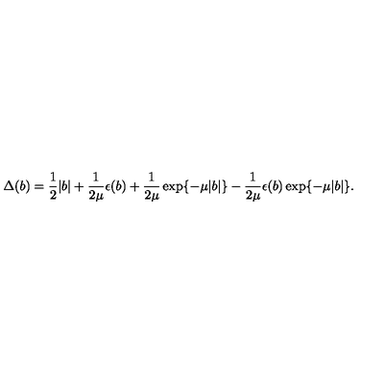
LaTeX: \Delta ( b ) = \frac { 1 } { 2 } \vert b \vert + \frac { 1 } { 2 \mu } \epsilon ( b ) + \frac { 1 } { 2 \mu } \exp \{ - \mu \vert b \vert \} - \frac { 1 } { 2 \mu } \epsilon ( b ) \exp \{ - \mu \vert b \vert \} .